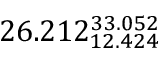
2 6 . 2 1 2 _ { 1 2 . 4 2 4 } ^ { 3 3 . 0 5 2 }